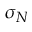
\sigma _ { N }